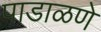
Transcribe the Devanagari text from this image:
पाडाळणे